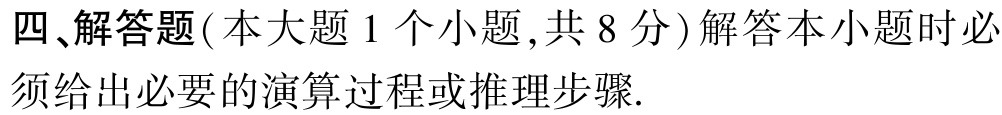
四、解答题（本大题1个小题，共8分）解答本小题时必须给出必要的演算过程或推理步骤.